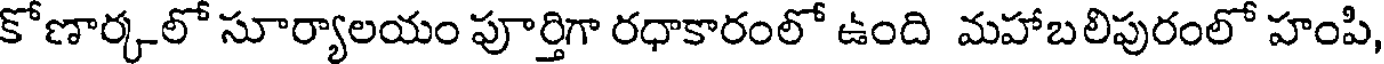
కోణార్కలో సూర్యాలయం పూర్తిగా రధాకారంలో ఉంది మహాబలిపురంలో హంపి